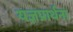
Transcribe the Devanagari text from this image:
यज्ञप्रार्थना